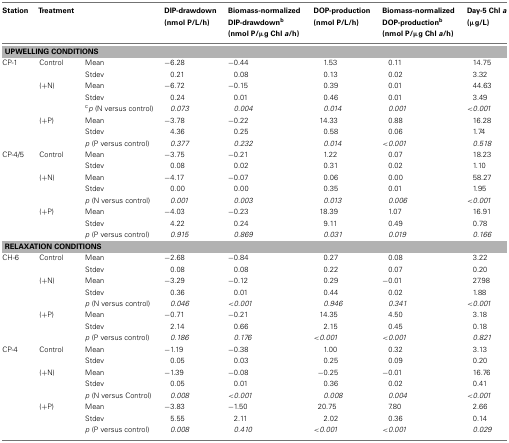
<table><thead><tr><td><b>Station</b></td><td><b>Treatment</b></td><td></td><td><b>DIP-drawdown (nmol P/L/h)</b></td><td><b>Biomass-normalized DIP-drawdown<sup>b</sup> (nmol P/μg Chl <i>a</i>/h)</b></td><td><b>DOP-production (nmol P/L/h)</b></td><td><b>Biomass-normalized DOP-production<sup>b</sup> (nmol P/μg Chl <i>a</i>/h)</b></td><td><b>Day-5 Chl <i>a</i> (μg/L)</b></td></tr></thead><tbody><tr><td colspan="8"><b>UPWELLING CONDITIONS</b></td></tr><tr><td>CP-1</td><td>Control</td><td>Mean</td><td>−6.28</td><td>−0.44</td><td>1.53</td><td>0.11</td><td>14.75</td></tr><tr><td></td><td></td><td>Stdev</td><td>0.21</td><td>0.08</td><td>0.13</td><td>0.02</td><td>3.32</td></tr><tr><td></td><td>(+N)</td><td>Mean</td><td>−6.72</td><td>−0.15</td><td>0.39</td><td>0.01</td><td>44.63</td></tr><tr><td></td><td></td><td>Stdev</td><td>0.24</td><td>0.01</td><td>0.46</td><td>0.01</td><td>3.49</td></tr><tr><td></td><td></td><td><sup>c</sup><i>p</i> (N versus control)</td><td><i>0.073</i></td><td><i>0.004</i></td><td><i>0.014</i></td><td><i>0.001</i></td><td>&lt;<i>0.001</i></td></tr><tr><td></td><td>(+P)</td><td>Mean</td><td>−3.78</td><td>−0.22</td><td>14.33</td><td>0.88</td><td>16.28</td></tr><tr><td></td><td></td><td>Stdev</td><td>4.36</td><td>0.25</td><td>0.58</td><td>0.06</td><td>1.74</td></tr><tr><td></td><td></td><td><i>p</i> (P versus control)</td><td><i>0.377</i></td><td><i>0.232</i></td><td><i>0.014</i></td><td>&lt;<i>0.001</i></td><td><i>0.518</i></td></tr><tr><td>CP-4/5</td><td>Control</td><td>Mean</td><td>−3.75</td><td>−0.21</td><td>1.22</td><td>0.07</td><td>18.23</td></tr><tr><td></td><td></td><td>Stdev</td><td>0.08</td><td>0.02</td><td>0.31</td><td>0.02</td><td>1.10</td></tr><tr><td></td><td>(+N)</td><td>Mean</td><td>−4.17</td><td>−0.07</td><td>0.06</td><td>0.00</td><td>58.27</td></tr><tr><td></td><td></td><td>Stdev</td><td>0.00</td><td>0.00</td><td>0.35</td><td>0.01</td><td>1.95</td></tr><tr><td></td><td></td><td><i>p</i> (N versus control)</td><td><i>0.001</i></td><td><i>0.003</i></td><td><i>0.013</i></td><td><i>0.006</i></td><td>&lt;<i>0.001</i></td></tr><tr><td></td><td>(+P)</td><td>Mean</td><td>−4.03</td><td>−0.23</td><td>18.39</td><td>1.07</td><td>16.91</td></tr><tr><td></td><td></td><td>Stdev</td><td>4.22</td><td>0.24</td><td>9.11</td><td>0.49</td><td>0.78</td></tr><tr><td></td><td></td><td><i>p</i> (P versus control)</td><td><i>0.915</i></td><td><i>0.869</i></td><td><i>0.031</i></td><td><i>0.019</i></td><td><i>0.166</i></td></tr><tr><td colspan="8"><b>RELAXATION CONDITIONS</b></td></tr><tr><td>CH-6</td><td>Control</td><td>Mean</td><td>−2.68</td><td>−0.84</td><td>0.27</td><td>0.08</td><td>3.22</td></tr><tr><td></td><td></td><td>Stdev</td><td>0.08</td><td>0.08</td><td>0.22</td><td>0.07</td><td>0.20</td></tr><tr><td></td><td>(+N)</td><td>Mean</td><td>−3.29</td><td>−0.12</td><td>0.29</td><td>−0.01</td><td>27.98</td></tr><tr><td></td><td></td><td>Stdev</td><td>0.36</td><td>0.01</td><td>0.44</td><td>0.02</td><td>1.88</td></tr><tr><td></td><td></td><td><i>p</i> (N versus control)</td><td><i>0.046</i></td><td>&lt;<i>0.001</i></td><td><i>0.946</i></td><td><i>0.341</i></td><td>&lt;<i>0.001</i></td></tr><tr><td></td><td>(+P)</td><td>Mean</td><td>−0.71</td><td>−0.21</td><td>14.35</td><td>4.50</td><td>3.18</td></tr><tr><td></td><td></td><td>Stdev</td><td>2.14</td><td>0.66</td><td>2.15</td><td>0.45</td><td>0.18</td></tr><tr><td></td><td></td><td><i>p</i> (P versus control)</td><td><i>0.186</i></td><td><i>0.176</i></td><td>&lt;<i>0.001</i></td><td>&lt;<i>0.001</i></td><td><i>0.821</i></td></tr><tr><td>CP-4</td><td>Control</td><td>Mean</td><td>−1.19</td><td>−0.38</td><td>1.00</td><td>0.32</td><td>3.13</td></tr><tr><td></td><td></td><td>Stdev</td><td>0.05</td><td>0.03</td><td>0.25</td><td>0.09</td><td>0.20</td></tr><tr><td></td><td>(+N)</td><td>Mean</td><td>−1.39</td><td>−0.08</td><td>−0.25</td><td>−0.01</td><td>16.76</td></tr><tr><td></td><td></td><td>Stdev</td><td>0.05</td><td>0.01</td><td>0.36</td><td>0.02</td><td>0.41</td></tr><tr><td></td><td></td><td><i>p</i> (N versus Control)</td><td><i>0.008</i></td><td>&lt;<i>0.001</i></td><td><i>0.008</i></td><td><i>0.004</i></td><td>&lt;<i>0.001</i></td></tr><tr><td></td><td>(+P)</td><td>Mean</td><td>−3.83</td><td>−1.50</td><td>20.75</td><td>7.80</td><td>2.66</td></tr><tr><td></td><td></td><td>Stdev</td><td>5.55</td><td>2.11</td><td>2.02</td><td>0.36</td><td>0.14</td></tr><tr><td></td><td></td><td><i>p</i> (P versus control)</td><td><i>0.008</i></td><td><i>0.410</i></td><td>&lt;<i>0.001</i></td><td>&lt;<i>0.001</i></td><td><i>0.029</i></td></tr></tbody></table>